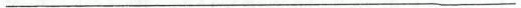
___